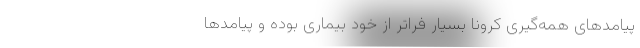
پیامدهای همه‌گیری کرونا بسیار فراتر از خود بیماری بوده و پیامدها